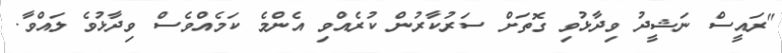
"ރައީސް ނަޝީދު ވިދާޅުވި ގޮތަށް ސަރުކާރުން ކުރެއްވި އެންމެ ކަމެއްވެސް ވިދާޅުވެ ލައްވާ.